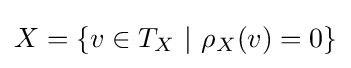
X=\{v\in T_{X}\ |\ \rho _{X}(v)=0\}